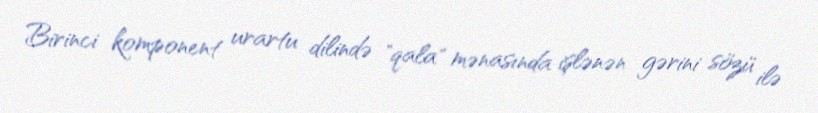
Birinci komponent urartu dilində "qala" mənasında işlənən gərini sözü ilə